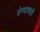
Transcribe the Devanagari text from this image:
देण्याचाही